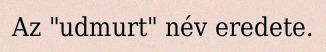
Az "udmurt" név eredete.